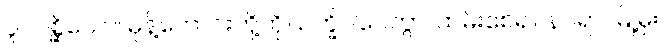
ပူဝပစ္ဆိယော၊ မုန့်တောင်းတို့ကို။ ဥက္ခိပါပေတွာ၊ ထမ်းစေ၍။ နဂရာ၊ မြို့မှ။